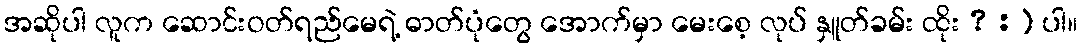
အဆိုပါ လူက ဆောင်းဝတ်ရည်မေရဲ့ ဓာတ်ပုံတွေ အောက်မှာ မေးစေ့ လုပ် နှူတ်ခမ်း ထိုး ? :) ပါ။